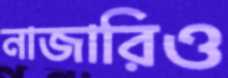
নাজারিও